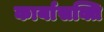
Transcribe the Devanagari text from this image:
कार्यासक्ति